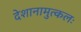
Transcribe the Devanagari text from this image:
देशानामुत्कलः